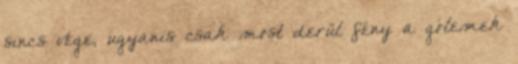
sincs vége, ugyanis csak most derül fény a gólemek